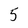
Character: 5